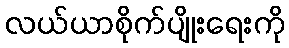
လယ်ယာစိုက်ပျိုးရေးကို